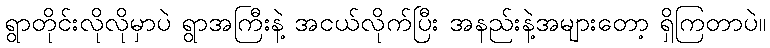
ရွာတိုင်းလိုလိုမှာပဲ ရွာအကြီးနဲ့ အငယ်လိုက်ပြီး အနည်းနဲ့အများတော့ ရှိကြတာပဲ။